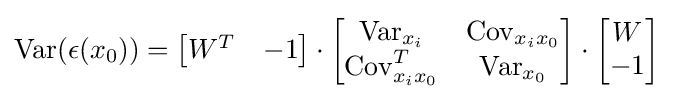
\operatorname {Var} (\epsilon (x_{0}))={\begin{bmatrix}W^{T}&-1\end{bmatrix}}\cdot {\begin{bmatrix}\operatorname {Var} _{x_{i}}&\operatorname {Cov} _{x_{i}x_{0}}\\\operatorname {Cov} _{x_{i}x_{0}}^{T}&\operatorname {Var} _{x_{0}}\end{bmatrix}}\cdot {\begin{bmatrix}W\\-1\end{bmatrix}}